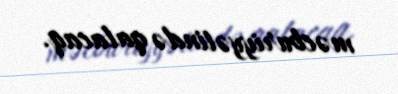
məcburiyyətində qalacaq.